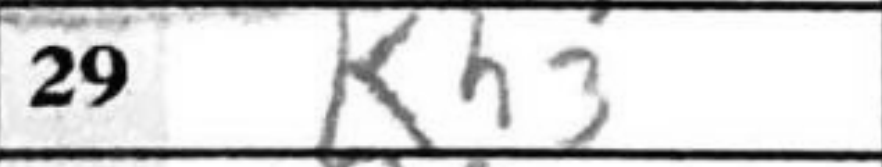
Transcription: Kh3